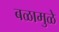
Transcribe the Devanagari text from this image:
बळामुळे